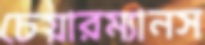
চেয়ারম্যানস